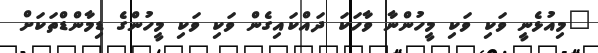
"މިއުޅެނީ ވަކި ވަކި މީހުންނާ ވާހަކަ ދައްކައިގެން ވަކި ވަކި މީހުންގެ ޑިމާންޑްތަކަށް